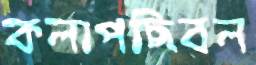
কলাপছিবল